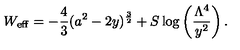
W _ { \mathrm { e f f } } = - \frac { 4 } { 3 } ( a ^ { 2 } - 2 y ) ^ { \frac { 3 } { 2 } } + S \log \left( \frac { \Lambda ^ { 4 } } { y ^ { 2 } } \right) .